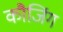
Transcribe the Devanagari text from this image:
कौजिंग